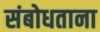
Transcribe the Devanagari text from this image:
संबोधताना